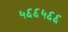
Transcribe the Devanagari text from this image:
५६६५६६